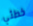
خطئي